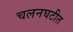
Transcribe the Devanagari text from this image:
चलनघटीत